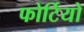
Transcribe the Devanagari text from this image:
फोर्टियो